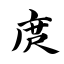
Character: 庹